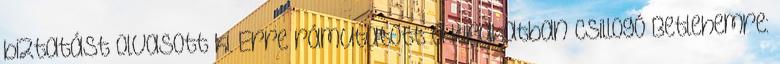
biztatást olvasott ki. Erre rámutatott a kirakatban csillogó Betlehemre: